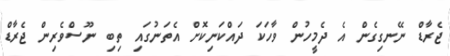
ޖެރާޑް ނޭނގިގެން އެ ދެމީހުން ވާހަކަ ދައްކަނިކޮށް އެތަނުގައި ތިބި ނޫސްވެރިން ޖެރާޑް